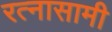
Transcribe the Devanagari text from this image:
रत्नासामी